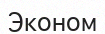
Эконом